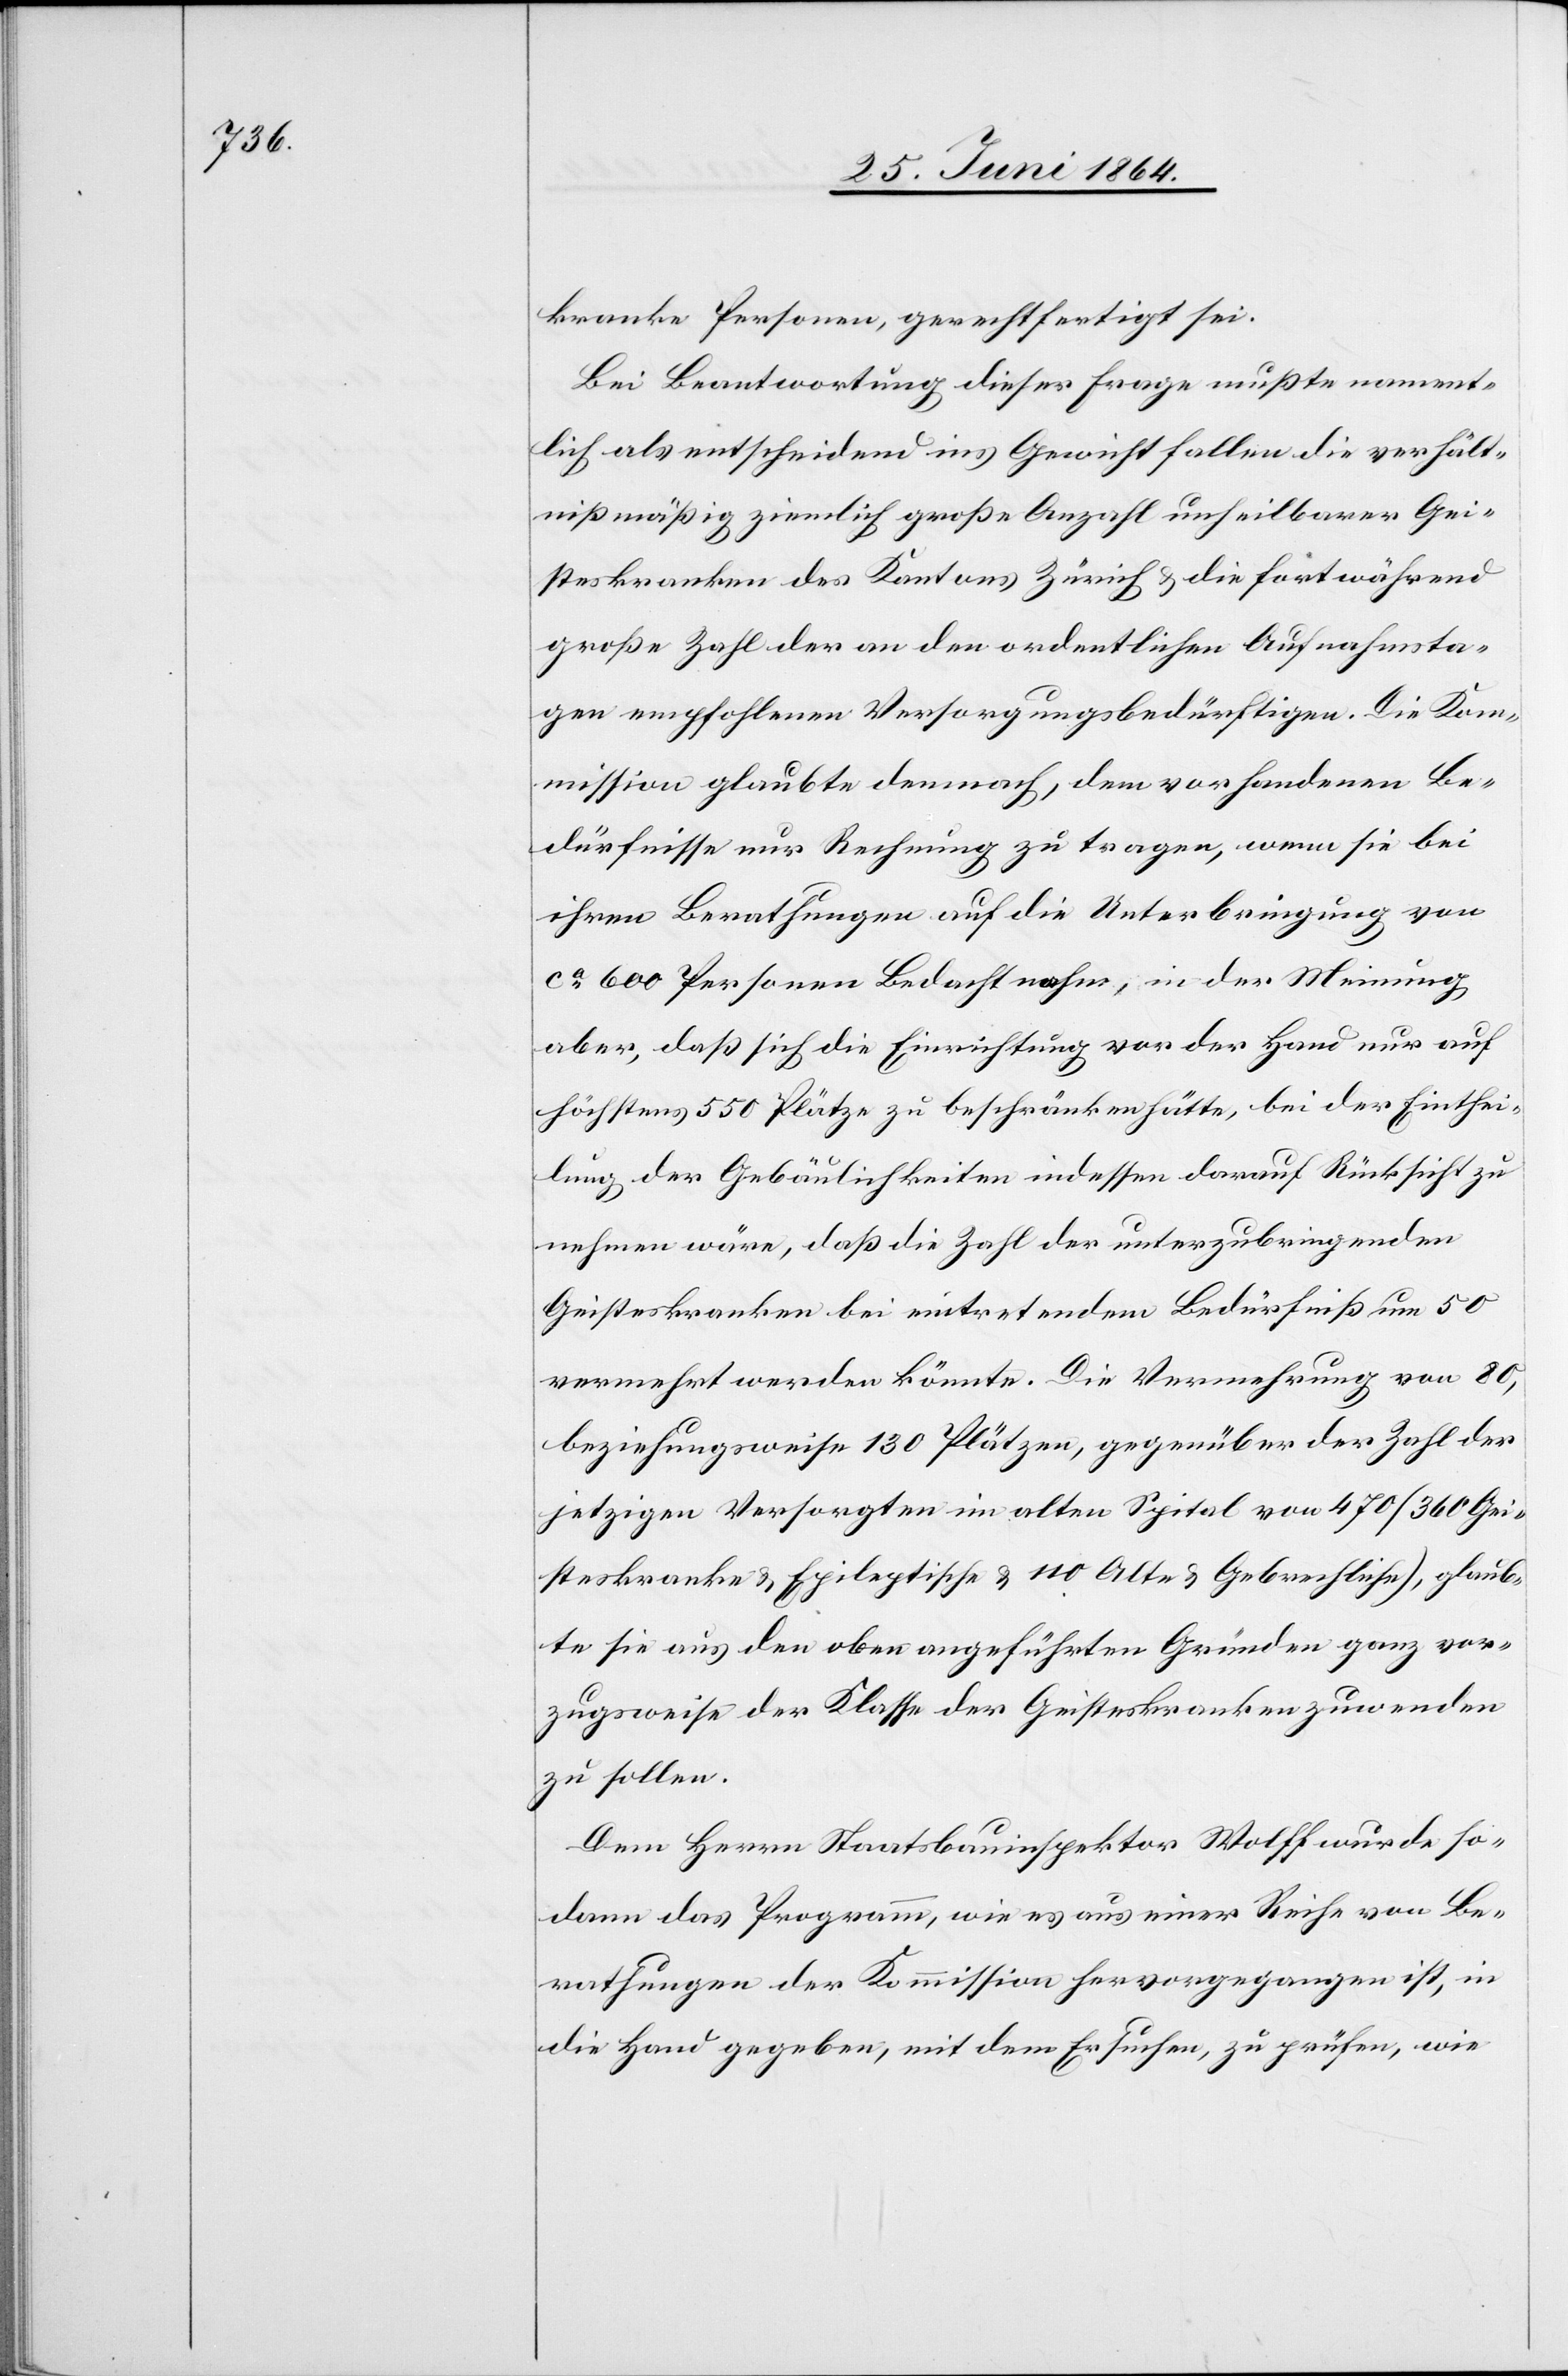
[sic!] Personen, gerechtfertigt sei.
Bei Beantwortung dieser Frage mußte nament¬
lich als entscheidend ins Gewicht fallen die verhält¬
nismäßig ziemlich große Anzahl unheilbarer Gei¬
steskranken [sic!] des Kantons Zürich u. die fortwährend
große Zahl der an den ordentlichen Aufnahmsta¬
gen empfohlenen Versorgungsbedürftigen. Die Kom¬
mission glaubte demnach, dem vorhandenen Be¬
dürfnisse nur Rechnung zu tragen, wenn sie bei
ihren Berathungen auf die Unterbringung von
ca 600 Personen Bedacht nahm, in der Meinung
aber, daß sich die Einrichtung vor der Hand nur auf
höchstens 550 Plätze zu beschränken hätte, bei der Einthei¬
lung der Gebäulichkeiten indessen darauf Rücksicht zu
nehmen wäre, daß die Zahl der unterzubringenden
Geisteskranken bei eintretendem Bedürfniß um 50
vermehrt werden könnte. Die Vermehrung von 80,
beziehungsweise 130 Plätzen, gegenüber der Zahl der
jetzigen Versorgten im alten Spital von 470 (360 Gei¬
steskranke u. Epileptische u. 110 Alte u. Gebrechliche), glaub¬
te sie aus den oben angeführten Gründen ganz vor¬
zugsweise der Klasse der Geisteskranken zuwenden
zu sollen.
Dem Herrn Staatsbauinspektor Wolff wurde so¬
dann das Programm, wie es aus einer Reihe von Be¬
rathungen der Kommission hervorgegangen ist, in
die Hand gegeben, mit dem Ersuchen, zu prüfen, wie